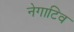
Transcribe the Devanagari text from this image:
नेगाटिव